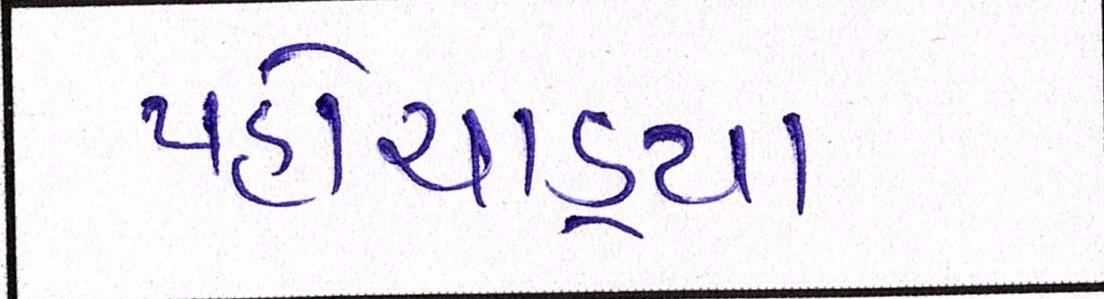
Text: પહોંચાડ્યા